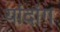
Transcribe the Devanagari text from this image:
यांदांग